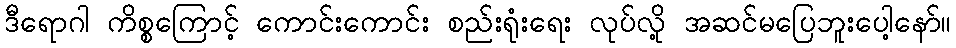
ဒီရောဂါ ကိစ္စကြောင့် ကောင်းကောင်း စည်းရုံးရေး လုပ်လို့ အဆင်မပြေဘူးပေါ့နော်။